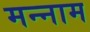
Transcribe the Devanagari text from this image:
मन्नाम